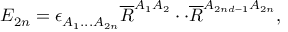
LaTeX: { \cal E } _ { 2 n } = \epsilon _ { A _ { 1 } . . . A _ { 2 n } } \overline { { { R } } } ^ { A _ { 1 } A _ { 2 } } \cdot \cdot \overline { { { R } } } ^ { A _ { 2 n d - 1 } A _ { 2 n } } ,